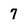
Character: 7